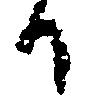
日